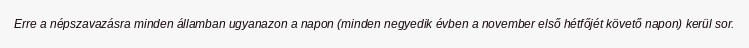
Erre a népszavazásra minden államban ugyanazon a napon (minden negyedik évben a november első hétfőjét követő napon) kerül sor.